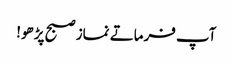
آپ فرماتے نماز صبح پڑھو!